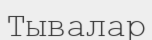
Тывалар